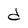
Character: d